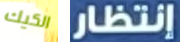
الكيك إنتظار